画像に写った文字を読んでください
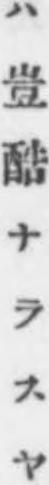
「ハ豈酷ナラスヤ」と書いてあります